Leaving Certificate Examination (including Day School Certificate (Higher) General paper), 1936
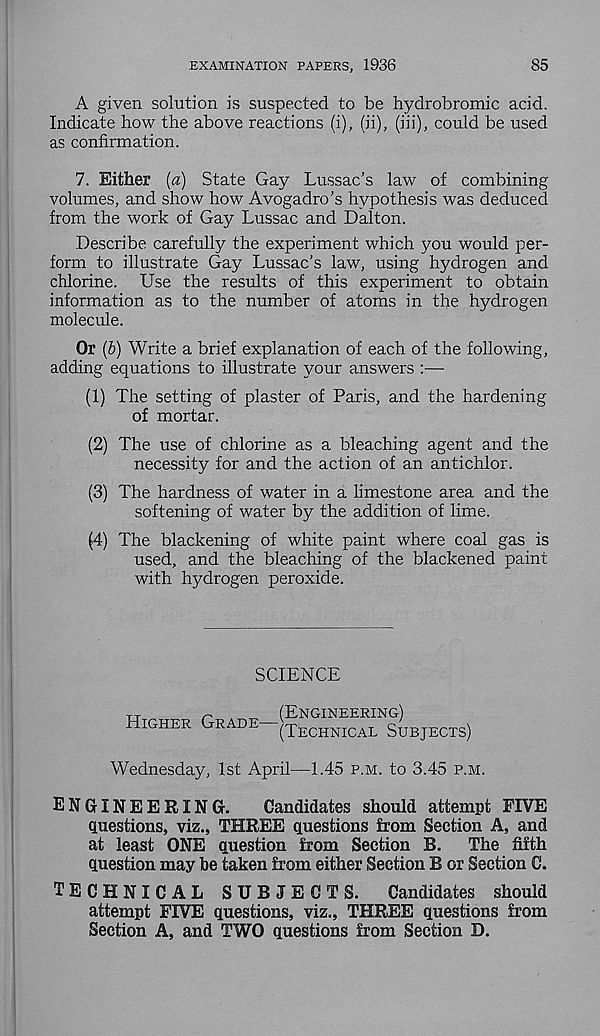
EXAMINATION PAPERS, 1936
85
A given solution is suspected to be hydrobromic acid.
Indicate how the above reactions (i), (ii), (iii), could be used
as confirmation.
7. Either (a) State Gay Lussac's law of combining
volumes, and show how Avogadro’s hypothesis was deduced
from the work of Gay Lussac and Dalton.
Describe carefully the experiment which you would per-
form to illustrate Gay Lussac’s law, using hydrogen and
chlorine. Use the results of this experiment to obtain
information as to the number of atoms in the hydrogen
molecule.
Or (b) Write a brief explanation of each of the following,
adding equations to illustrate your answers :—
(1) The setting of plaster of Paris, and the hardening
of mortar.
(2) The use of chlorine as a bleaching agent and the
necessity for and the action of an antichlor.
(3) The hardness of water in a limestone area and the
softening of water by the addition of lime.
(4) The blackening of white paint where coal gas is
used, and the bleaching of the blackened paint
with hydrogen peroxide.
SCIENCE
Higher Grade—
(Engineering)
(Technical Subjects)
Wednesday, 1st April—1.45 p.m. to 3.45 p.m.
ENGINEERING-.
Candidates should attempt FIVE
questions, viz., THREE questions from Section A, and
at least ONE question from Section B.
The fifth
question may be taken from either Section B or Section C.
TECHNICAL SUBJECTS.
Candidates should
attempt FIVE questions, viz., THREE questions from
Section A, and TWO questions from Section D.